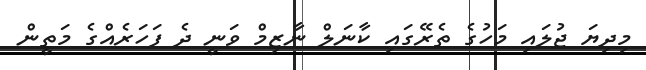
މިދިޔަ ޖުލައި މަހުގެ ތެރޭގައި ކާނަލް ނާޒިމް ވަނީ ދެ ފަހަރެއްގެ މަތީން